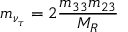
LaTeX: m _ { \nu _ { \tau } } = 2 \frac { m _ { 3 3 } m _ { 2 3 } } { M _ { R } }